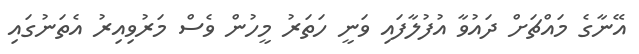
އޭނާގެ މައްޗަށް ދައުވާ އުފުލާފައި ވަނީ ހަތަރު މީހުން ވެސް މަރުވިއިރު އެތަނުގައި